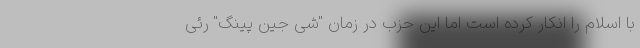
با اسلام را انکار کرده است اما این حزب در زمان "شی جین‌ پینگ" رئی